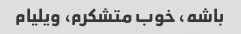
باشه، خوب متشکرم، ویلیام